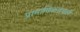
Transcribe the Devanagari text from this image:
प्रामाणिकतेचाही